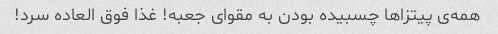
همه‌ی پیتزاها چسبیده بودن به مقوای جعبه! غذا فوق العاده سرد!